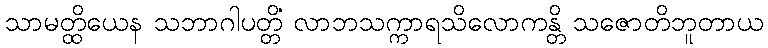
သာမတ္ထိယေန သဘာဂါပတ္တိံ လာဘသက္ကာရသိလောကန္တိ သဇောတိဘူတာယ